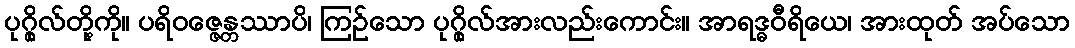
ပုဂ္ဂိုလ်တို့ကို။ ပရိဝဇ္ဇေန္တဿာပိ၊ ကြဉ်သော ပုဂ္ဂိုလ်အားလည်းကောင်း။ အာရဒ္ဓဝီရိယေ၊ အားထုတ် အပ်သော